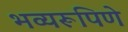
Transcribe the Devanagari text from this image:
भव्यरूपिणे